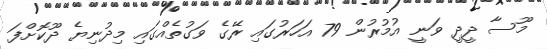
މޫސާ ދީދީ ވަނީ އުމުރުން 79 އަހަރުގައި ރޭގެ ވަގުތެއްގައި މިދުނިޔެ ދޫކޮށްފަ